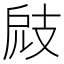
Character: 𢻄